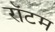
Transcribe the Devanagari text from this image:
रॉटम